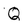
Character: Q